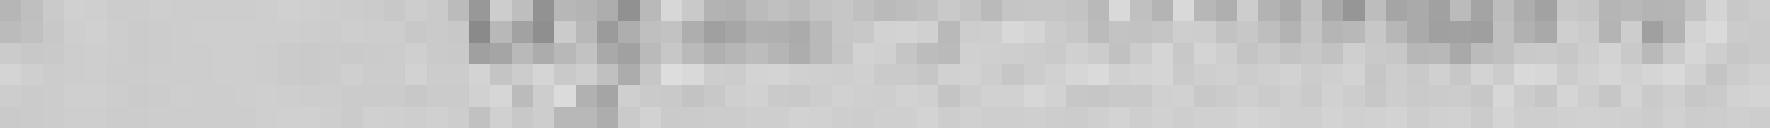
signé : Dietrich